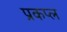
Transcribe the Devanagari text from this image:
प्रकप्ल